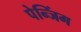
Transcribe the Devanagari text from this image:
पेन्जिंग